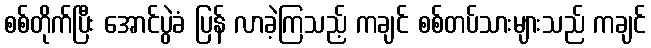
စစ်တိုက်ပြီး အောင်ပွဲခံ ပြန် လာခဲ့ကြသည့် ကချင် စစ်တပ်သားများသည် ကချင်